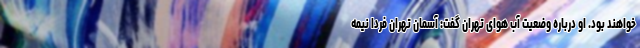
خواهند بود. او درباره وضعیت آب هوای تهران گفت: آسمان تهران فردا نیمه